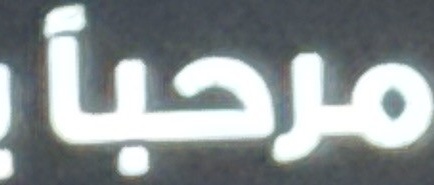
مرحبا